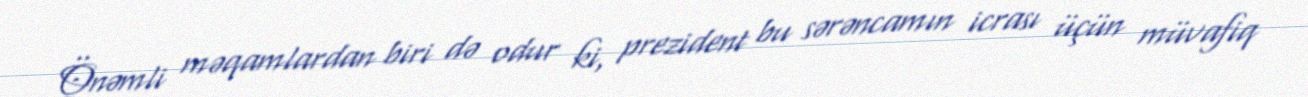
Önəmli məqamlardan biri də odur ki, prezident bu sərəncamın icrası üçün müvafiq